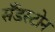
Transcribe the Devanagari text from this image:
सँडस्टोन